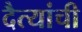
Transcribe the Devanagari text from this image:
दैत्यांची